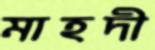
মাহদী